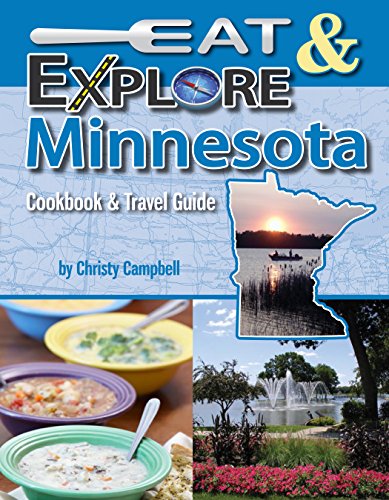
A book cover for Eat & Explore Minnesota (Eat & Explore State Cookbook); Christy Campbell; Cookbooks, Food & Wine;